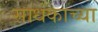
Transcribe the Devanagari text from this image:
साधकाच्या